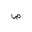
Letter: _sad